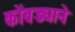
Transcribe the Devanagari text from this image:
कोंबड्याने